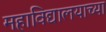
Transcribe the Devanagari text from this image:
महाविद्यालयाच्या